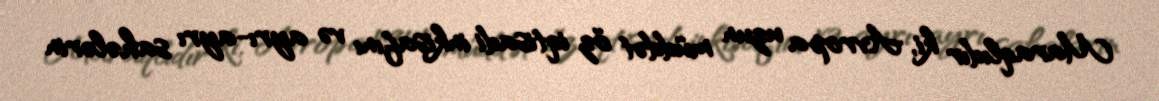
Maraqlıdır ki, Avropa uzun müddət öz iqtisadi inkişafını və ayrı-ayrı sahələrin